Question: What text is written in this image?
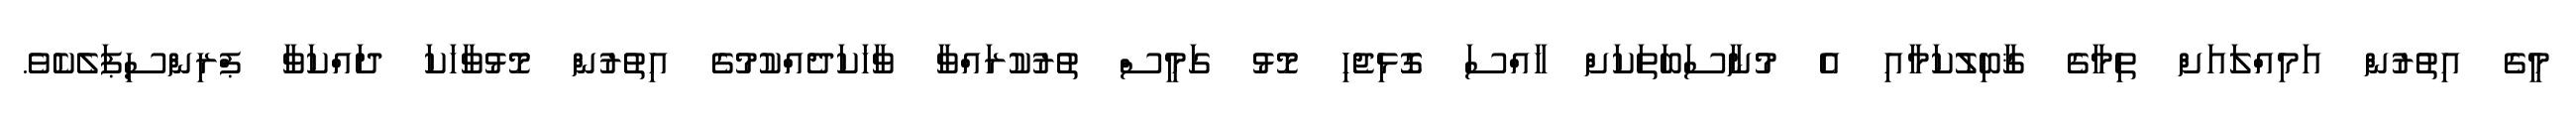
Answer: މީގެ އިތުރުން އަމިއްލައަށް ތިމާގެ ޤާބިލުކަމާއި އެ މުނާސަބަތަކަށް ޚާއްސަ ގޮޅިޖެހި މޮޅު ގަމީސް ތުރުކުރައްވާ ވާހަކަދެއްކުމުގެ އިތުރުން މޮޅުވާހަކަ ދައްކަވާ ޕްރިންސިޕަލެކެވެ.